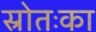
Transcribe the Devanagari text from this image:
स्रोतःका